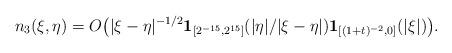
LaTeX: \begin{align*}n_3(\xi,\eta) = O \big( |\xi-\eta|^{-1/2} \mathbf{1}_{[2^{-15},2^{15}]}(|\eta|/|\xi-\eta|) \mathbf{1}_{[(1+t)^{-2},0]}(|\xi|) \big) .\end{align*}